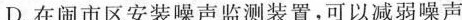
D.在闹市区安装噪声监测装置，可以减弱噪声